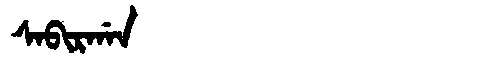
Manchu: ᠰᠠᠪᡳᡵᡤᠠᠨ
Romanization: SABIRGAN